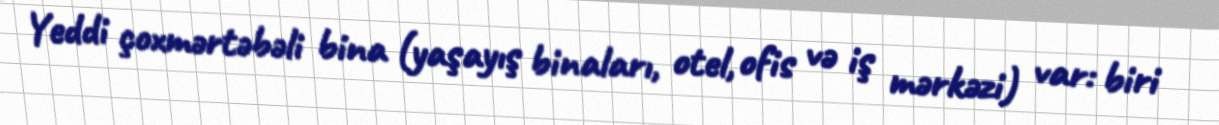
Yeddi çoxmərtəbəli bina (yaşayış binaları, otel, ofis və iş mərkəzi) var: biri